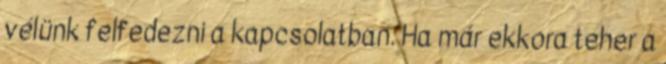
vélünk felfedezni a kapcsolatban. Ha már ekkora teher a